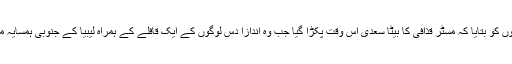
نائیجر کےعمارو ادعا نے اتوار کو صحافیوں کو بتایا کہ مسٹر قذافی کا بیٹا سعدی اُس وقت پکڑا گیا جب وہ اندازاً دس لوگوں کے ایک قافلے کے ہمراہ لیبیا کے جنوبی ہمسایہ ملک میں داخل ہونے کی کوشش کر رہا تھا۔